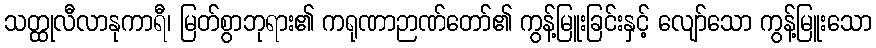
သတ္ထုလီလာနုကာရီ၊ မြတ်စွာဘုရား၏ ကရုဏာဉာဏ်တော်၏ ကွန့်မြူးခြင်းနှင့် လျော်သော ကွန့်မြူးသော